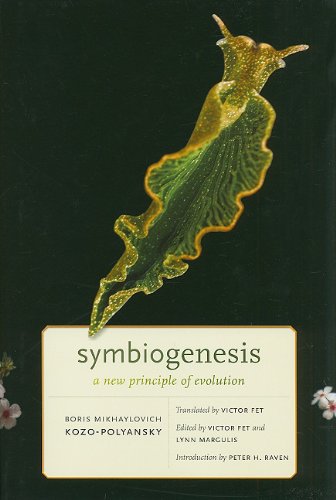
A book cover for Symbiogenesis: A New Principle of Evolution; Boris Mikhaylovich Kozo-Polyansky; Science & Math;